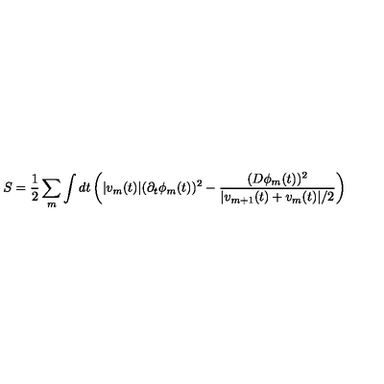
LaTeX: S = \frac { 1 } { 2 } \sum _ { m } \int d t \left( | v _ { m } ( t ) | ( \partial _ { t } \phi _ { m } ( t ) ) ^ { 2 } - \frac { ( D \phi _ { m } ( t ) ) ^ { 2 } } { | v _ { m + 1 } ( t ) + v _ { m } ( t ) | / 2 } \right)